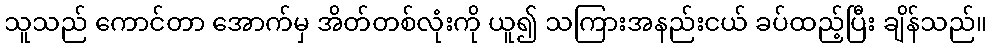
သူသည် ကောင်တာ အောက်မှ အိတ်တစ်လုံးကို ယူ၍ သကြားအနည်းငယ် ခပ်ထည့်ပြီး ချိန်သည်။